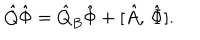
\hat { Q } \hat { \Phi } = \hat { Q } _ { B } \hat { \Phi } + [ \hat { A } , \, \hat { \Phi } ] .